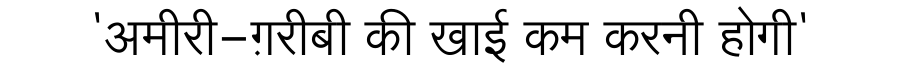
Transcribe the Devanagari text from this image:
'अमीरी-ग़रीबी की खाई कम करनी होगी'